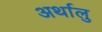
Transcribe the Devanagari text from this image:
अर्थालु